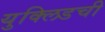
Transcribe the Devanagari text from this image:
युक्लिडची